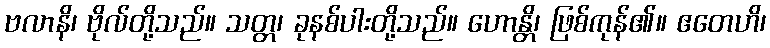
ဗလာနိ၊ ဗိုလ်တို့သည်။ သတ္တ၊ ခုနစ်ပါးတို့သည်။ ဟောန္တိ၊ ဖြစ်ကုန်၏။ ဧတေဟိ၊